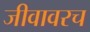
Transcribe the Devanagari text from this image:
जीवावरच